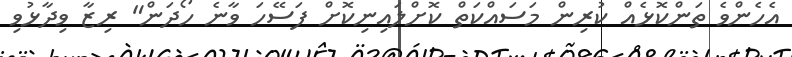
އެހެންވެ ތަންކޮޅެއް ކުރިން މަސައްކަތް ކޮށްލައިނިކޮށް ފަސޭހަ ވާނެ ހޯދަން" ރިޒާ ވިދާޅުވި